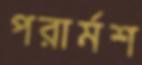
পরার্মশ